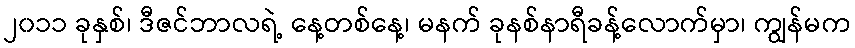
၂၀၁၁ ခုနှစ်၊ ဒီဇင်ဘာလရဲ့ နေ့တစ်နေ့၊ မနက် ခုနစ်နာရီခန့်လောက်မှာ၊ ကျွန်မက